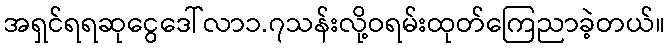
အရှင်ရရဆုငွေဒေါ်လာ၁.၇သန်းလို့ဝရမ်းထုတ်ကြေညာခဲ့တယ်။